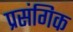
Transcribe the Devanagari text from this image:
प्रसंगिक